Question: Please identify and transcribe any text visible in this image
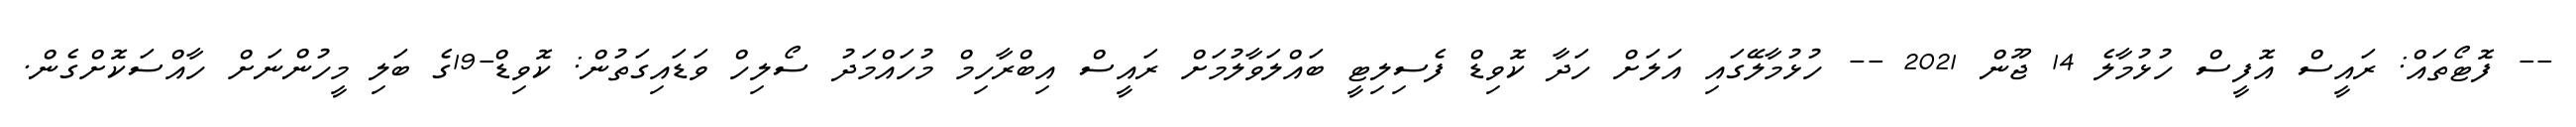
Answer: -- ފޮޓޯތައް: ރައީސް އޮފީސް ހުޅުމާލެ 14 ޖޫން 2021 -- ހުޅުމާލޭގައި އަލަށް ހަދާ ކޮވިޑް ފެސިލިޓީ ބައްލަވާލުމަށް ރައީސް އިބްރާހިމް މުހައްމަދު ސޯލިހް ވަޑައިގަތުން: ކޮވިޑް-19ގެ ބަލި މީހުންނަށް ހާއްސަކޮށްގެން.